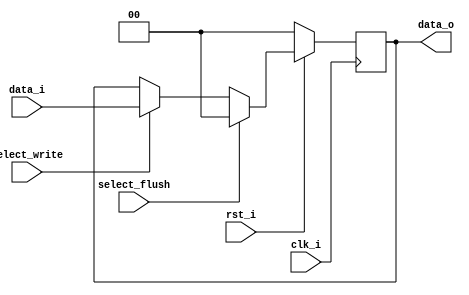
//Subject:     CO project 5 - IF_Write
//--------------------------------------------------------------------------------

module IF_Write_Pipe_Reg(
    clk_i,
    rst_i,
    select_write,
    select_flush,
    data_i,
    data_o
	);

parameter size = 0;

input   clk_i;		  
input   rst_i;
input   select_write;
input   select_flush;
input   [size-1:0] data_i;
output reg  [size-1:0] data_o;
	  
always@(posedge clk_i) begin
    if(~rst_i)
        data_o <= 0;
    else
        if(select_flush)
            data_o <= 0;
    	else if(select_write != 1'd0)
        	data_o <= data_i;
end

endmodule